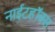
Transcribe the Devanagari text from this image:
नाईटहॉक्स